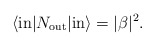
\begin{align*} \langle \mathrm{in}|N_\mathrm{out}|\mathrm{in}\rangle=|\beta|^2.\end{align*}